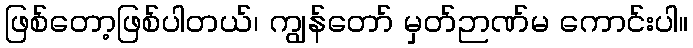
ဖြစ်တော့ဖြစ်ပါတယ်၊ ကျွန်တော် မှတ်ဉာဏ်မ ကောင်းပါ။